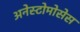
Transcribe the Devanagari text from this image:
अनेस्टोमोसेस